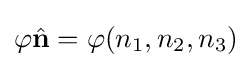
\varphi {\hat {\mathbf {n} }}=\varphi (n_{1},n_{2},n_{3})